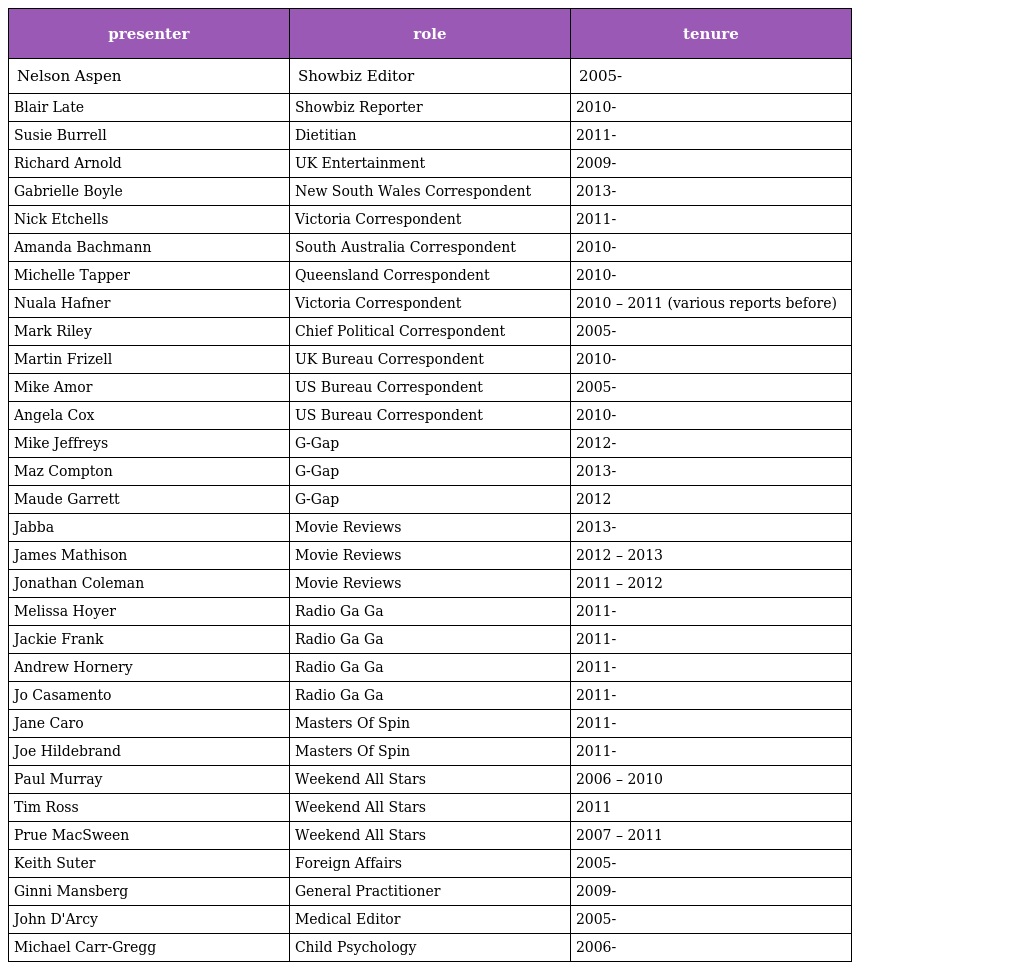
| presenter | role | tenure |
 | --- | --- | --- |
 | Nelson Aspen | Showbiz Editor | 2005- |
 | Blair Late | Showbiz Reporter | 2010- |
 | Susie Burrell | Dietitian | 2011- |
 | Richard Arnold | UK Entertainment | 2009- |
 | Gabrielle Boyle | New South Wales Correspondent | 2013- |
 | Nick Etchells | Victoria Correspondent | 2011- |
 | Amanda Bachmann | South Australia Correspondent | 2010- |
 | Michelle Tapper | Queensland Correspondent | 2010- |
 | Nuala Hafner | Victoria Correspondent | 2010 – 2011 (various reports before) |
 | Mark Riley | Chief Political Correspondent | 2005- |
 | Martin Frizell | UK Bureau Correspondent | 2010- |
 | Mike Amor | US Bureau Correspondent | 2005- |
 | Angela Cox | US Bureau Correspondent | 2010- |
 | Mike Jeffreys | G-Gap | 2012- |
 | Maz Compton | G-Gap | 2013- |
 | Maude Garrett | G-Gap | 2012 |
 | Jabba | Movie Reviews | 2013- |
 | James Mathison | Movie Reviews | 2012 – 2013 |
 | Jonathan Coleman | Movie Reviews | 2011 – 2012 |
 | Melissa Hoyer | Radio Ga Ga | 2011- |
 | Jackie Frank | Radio Ga Ga | 2011- |
 | Andrew Hornery | Radio Ga Ga | 2011- |
 | Jo Casamento | Radio Ga Ga | 2011- |
 | Jane Caro | Masters Of Spin | 2011- |
 | Joe Hildebrand | Masters Of Spin | 2011- |
 | Paul Murray | Weekend All Stars | 2006 – 2010 |
 | Tim Ross | Weekend All Stars | 2011 |
 | Prue MacSween | Weekend All Stars | 2007 – 2011 |
 | Keith Suter | Foreign Affairs | 2005- |
 | Ginni Mansberg | General Practitioner | 2009- |
 | John D'Arcy | Medical Editor | 2005- |
 | Michael Carr-Gregg | Child Psychology | 2006- |